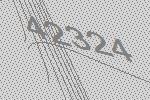
42324